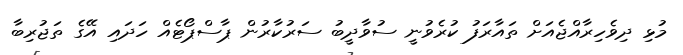
މުޅި ދިވެހިރާއްޖެއަށް ތައާރަފު ކުރެވުނީ ސުވާދީބު ސަރުކާރުން ޕާސްޕޯޓެއް ހަދައި އޭގެ ތަޖުރިބާ